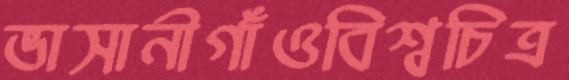
ভাসানীগাঁওবিশ্বচিত্র